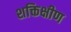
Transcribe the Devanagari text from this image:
शक्तिक्षीण